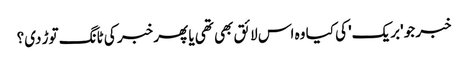
خبر جو 'بریک' کی کیا وہ اس لائق بھی تھی یا پھر خبر کی ٹانگ توڑ دی؟